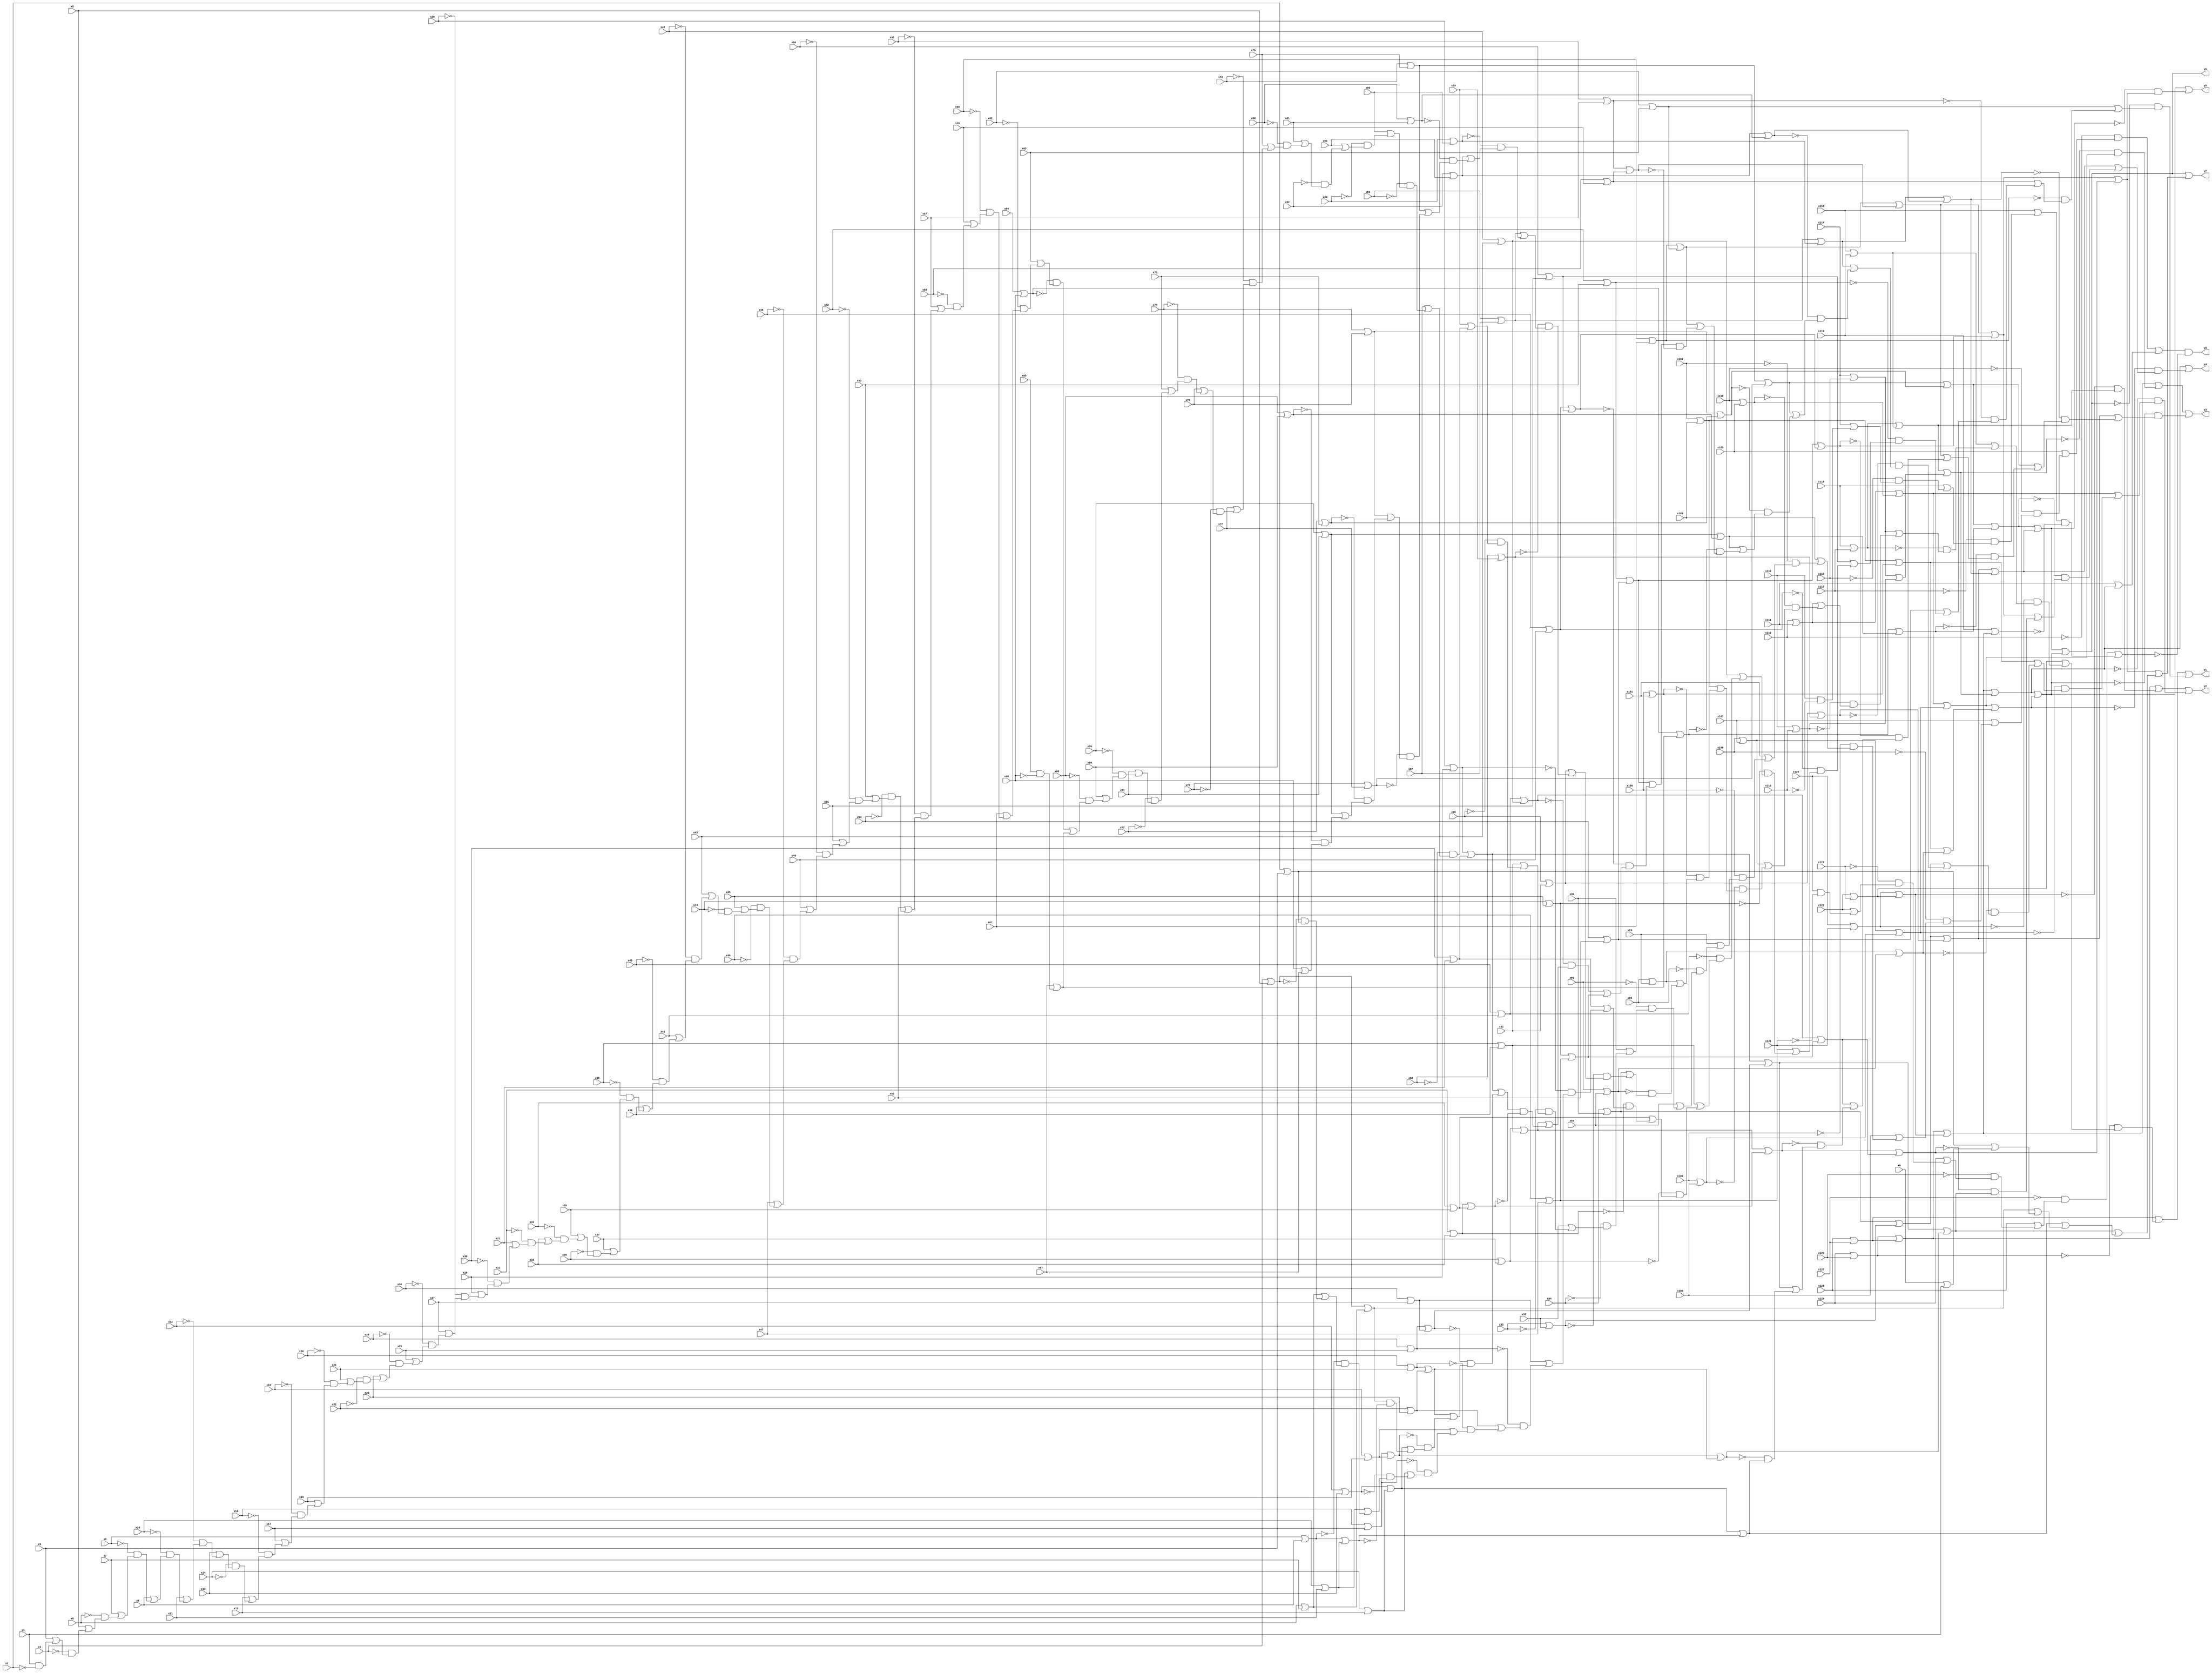
module top( x0 , x1 , x2 , x3 , x4 , x5 , x6 , x7 , x8 , x9 , x10 , x11 , x12 , x13 , x14 , x15 , x16 , x17 , x18 , x19 , x20 , x21 , x22 , x23 , x24 , x25 , x26 , x27 , x28 , x29 , x30 , x31 , x32 , x33 , x34 , x35 , x36 , x37 , x38 , x39 , x40 , x41 , x42 , x43 , x44 , x45 , x46 , x47 , x48 , x49 , x50 , x51 , x52 , x53 , x54 , x55 , x56 , x57 , x58 , x59 , x60 , x61 , x62 , x63 , x64 , x65 , x66 , x67 , x68 , x69 , x70 , x71 , x72 , x73 , x74 , x75 , x76 , x77 , x78 , x79 , x80 , x81 , x82 , x83 , x84 , x85 , x86 , x87 , x88 , x89 , x90 , x91 , x92 , x93 , x94 , x95 , x96 , x97 , x98 , x99 , x100 , x101 , x102 , x103 , x104 , x105 , x106 , x107 , x108 , x109 , x110 , x111 , x112 , x113 , x114 , x115 , x116 , x117 , x118 , x119 , x120 , x121 , x122 , x123 , x124 , x125 , x126 , x127 , y0 , y1 , y2 , y3 , y4 , y5 , y6 , y7 );
  input x0 , x1 , x2 , x3 , x4 , x5 , x6 , x7 , x8 , x9 , x10 , x11 , x12 , x13 , x14 , x15 , x16 , x17 , x18 , x19 , x20 , x21 , x22 , x23 , x24 , x25 , x26 , x27 , x28 , x29 , x30 , x31 , x32 , x33 , x34 , x35 , x36 , x37 , x38 , x39 , x40 , x41 , x42 , x43 , x44 , x45 , x46 , x47 , x48 , x49 , x50 , x51 , x52 , x53 , x54 , x55 , x56 , x57 , x58 , x59 , x60 , x61 , x62 , x63 , x64 , x65 , x66 , x67 , x68 , x69 , x70 , x71 , x72 , x73 , x74 , x75 , x76 , x77 , x78 , x79 , x80 , x81 , x82 , x83 , x84 , x85 , x86 , x87 , x88 , x89 , x90 , x91 , x92 , x93 , x94 , x95 , x96 , x97 , x98 , x99 , x100 , x101 , x102 , x103 , x104 , x105 , x106 , x107 , x108 , x109 , x110 , x111 , x112 , x113 , x114 , x115 , x116 , x117 , x118 , x119 , x120 , x121 , x122 , x123 , x124 , x125 , x126 , x127 ;
  output y0 , y1 , y2 , y3 , y4 , y5 , y6 , y7 ;
  wire n129 , n130 , n131 , n132 , n133 , n134 , n135 , n136 , n137 , n138 , n139 , n140 , n141 , n142 , n143 , n144 , n145 , n146 , n147 , n148 , n149 , n150 , n151 , n152 , n153 , n154 , n155 , n156 , n157 , n158 , n159 , n160 , n161 , n162 , n163 , n164 , n165 , n166 , n167 , n168 , n169 , n170 , n171 , n172 , n173 , n174 , n175 , n176 , n177 , n178 , n179 , n180 , n181 , n182 , n183 , n184 , n185 , n186 , n187 , n188 , n189 , n190 , n191 , n192 , n193 , n194 , n195 , n196 , n197 , n198 , n199 , n200 , n201 , n202 , n203 , n204 , n205 , n206 , n207 , n208 , n209 , n210 , n211 , n212 , n213 , n214 , n215 , n216 , n217 , n218 , n219 , n220 , n221 , n222 , n223 , n224 , n225 , n226 , n227 , n228 , n229 , n230 , n231 , n232 , n233 , n234 , n235 , n236 , n237 , n238 , n239 , n240 , n241 , n242 , n243 , n244 , n245 , n246 , n247 , n248 , n249 , n250 , n251 , n252 , n253 , n254 , n255 , n256 , n257 , n258 , n259 , n260 , n261 , n262 , n263 , n264 , n265 , n266 , n267 , n268 , n269 , n270 , n271 , n272 , n273 , n274 , n275 , n276 , n277 , n278 , n279 , n280 , n281 , n282 , n283 , n284 , n285 , n286 , n287 , n288 , n289 , n290 , n291 , n292 , n293 , n294 , n295 , n296 , n297 , n298 , n299 , n300 , n301 , n302 , n303 , n304 , n305 , n306 , n307 , n308 , n309 , n310 , n311 , n312 , n313 , n314 , n315 , n316 , n317 , n318 , n319 , n320 , n321 , n322 , n323 , n324 , n325 , n326 , n327 , n328 , n329 , n330 , n331 , n332 , n333 , n334 , n335 , n336 , n337 , n338 , n339 , n340 , n341 , n342 , n343 , n344 , n345 , n346 , n347 , n348 , n349 , n350 , n351 , n352 , n353 , n354 , n355 , n356 , n357 , n358 , n359 , n360 , n361 , n362 , n363 , n364 , n365 , n366 , n367 , n368 , n369 , n370 , n371 , n372 , n373 , n374 , n375 , n376 , n377 , n378 , n379 , n380 , n381 , n382 , n383 , n384 , n385 , n386 , n387 , n388 , n389 , n390 , n391 , n392 , n393 , n394 , n395 , n396 , n397 , n398 , n399 , n400 , n401 , n402 , n403 , n404 , n405 , n406 , n407 , n408 , n409 , n410 , n411 , n412 , n413 , n414 , n415 , n416 , n417 , n418 , n419 , n420 , n421 , n422 , n423 , n424 , n425 , n426 , n427 , n428 , n429 , n430 , n431 , n432 , n433 , n434 , n435 , n436 , n437 , n438 , n439 , n440 , n441 , n442 , n443 , n444 , n445 , n446 , n447 , n448 , n449 , n450 , n451 , n452 , n453 , n454 , n455 , n456 , n457 , n458 , n459 , n460 , n461 , n462 , n463 , n464 , n465 , n466 , n467 , n468 , n469 , n470 , n471 , n472 , n473 , n474 , n475 , n476 , n477 , n478 , n479 , n480 , n481 , n482 , n483 , n484 , n485 , n486 , n487 , n488 , n489 , n490 , n491 , n492 , n493 , n494 , n495 , n496 , n497 , n498 , n499 , n500 , n501 , n502 , n503 , n504 , n505 , n506 , n507 , n508 , n509 , n510 , n511 , n512 , n513 , n514 , n515 , n516 , n517 , n518 , n519 , n520 , n521 , n522 , n523 , n524 , n525 , n526 , n527 , n528 , n529 , n530 , n531 , n532 , n533 , n534 , n535 , n536 , n537 , n538 , n539 , n540 , n541 , n542 , n543 , n544 , n545 , n546 , n547 , n548 , n549 , n550 , n551 , n552 , n553 , n554 , n555 , n556 , n557 , n558 , n559 , n560 , n561 , n562 , n563 , n564 , n565 , n566 , n567 , n568 , n569 , n570 , n571 , n572 , n573 , n574 , n575 , n576 , n577 , n578 , n579 , n580 , n581 , n582 , n583 , n584 , n585 , n586 , n587 , n588 , n589 , n590 , n591 , n592 , n593 , n594 , n595 , n596 , n597 , n598 , n599 , n600 , n601 , n602 , n603 , n604 , n605 , n606 , n607 , n608 , n609 , n610 , n611 , n612 , n613 , n614 , n615 , n616 , n617 , n618 ;
  assign n190 = x64 | x66 ;
  assign n498 = ~x2 ;
  assign n274 = x1 & n498 ;
  assign n381 = x3 | n274 ;
  assign n499 = ~x4 ;
  assign n425 = n499 & n381 ;
  assign n458 = x5 | n425 ;
  assign n500 = ~x6 ;
  assign n477 = n500 & n458 ;
  assign n479 = x7 | n477 ;
  assign n501 = ~x8 ;
  assign n485 = n501 & n479 ;
  assign n497 = x9 | n485 ;
  assign n502 = ~x10 ;
  assign n137 = n502 & n497 ;
  assign n138 = x11 | n137 ;
  assign n503 = ~x12 ;
  assign n139 = n503 & n138 ;
  assign n140 = x13 | n139 ;
  assign n504 = ~x14 ;
  assign n141 = n504 & n140 ;
  assign n142 = x15 | n141 ;
  assign n505 = ~x16 ;
  assign n143 = n505 & n142 ;
  assign n144 = x17 | n143 ;
  assign n506 = ~x18 ;
  assign n145 = n506 & n144 ;
  assign n146 = x19 | n145 ;
  assign n507 = ~x20 ;
  assign n147 = n507 & n146 ;
  assign n148 = x21 | n147 ;
  assign n508 = ~x22 ;
  assign n149 = n508 & n148 ;
  assign n150 = x23 | n149 ;
  assign n509 = ~x24 ;
  assign n151 = n509 & n150 ;
  assign n152 = x25 | n151 ;
  assign n510 = ~x26 ;
  assign n153 = n510 & n152 ;
  assign n154 = x27 | n153 ;
  assign n511 = ~x28 ;
  assign n155 = n511 & n154 ;
  assign n156 = x29 | n155 ;
  assign n512 = ~x30 ;
  assign n157 = n512 & n156 ;
  assign n158 = x31 | n157 ;
  assign n513 = ~x32 ;
  assign n159 = n513 & n158 ;
  assign n160 = x33 | n159 ;
  assign n514 = ~x34 ;
  assign n161 = n514 & n160 ;
  assign n162 = x35 | n161 ;
  assign n515 = ~x36 ;
  assign n163 = n515 & n162 ;
  assign n164 = x37 | n163 ;
  assign n516 = ~x38 ;
  assign n165 = n516 & n164 ;
  assign n166 = x39 | n165 ;
  assign n517 = ~x40 ;
  assign n167 = n517 & n166 ;
  assign n168 = x41 | n167 ;
  assign n518 = ~x42 ;
  assign n169 = n518 & n168 ;
  assign n170 = x43 | n169 ;
  assign n519 = ~x44 ;
  assign n171 = n519 & n170 ;
  assign n172 = x45 | n171 ;
  assign n520 = ~x46 ;
  assign n173 = n520 & n172 ;
  assign n174 = x47 | n173 ;
  assign n521 = ~x48 ;
  assign n175 = n521 & n174 ;
  assign n176 = x49 | n175 ;
  assign n522 = ~x50 ;
  assign n177 = n522 & n176 ;
  assign n178 = x51 | n177 ;
  assign n523 = ~x52 ;
  assign n179 = n523 & n178 ;
  assign n180 = x53 | n179 ;
  assign n524 = ~x54 ;
  assign n181 = n524 & n180 ;
  assign n182 = x55 | n181 ;
  assign n525 = ~x56 ;
  assign n183 = n525 & n182 ;
  assign n184 = x57 | n183 ;
  assign n526 = ~x58 ;
  assign n185 = n526 & n184 ;
  assign n186 = x59 | n185 ;
  assign n527 = ~x60 ;
  assign n187 = n527 & n186 ;
  assign n188 = x61 | n187 ;
  assign n528 = ~x62 ;
  assign n189 = n528 & n188 ;
  assign n191 = x63 | n189 ;
  assign n529 = ~n190 ;
  assign n192 = n529 & n191 ;
  assign n530 = ~x66 ;
  assign n193 = x65 & n530 ;
  assign n194 = x67 | n193 ;
  assign n195 = n192 | n194 ;
  assign n531 = ~x68 ;
  assign n197 = n531 & n195 ;
  assign n198 = x69 | n197 ;
  assign n532 = ~x70 ;
  assign n199 = n532 & n198 ;
  assign n200 = x71 | n199 ;
  assign n533 = ~x72 ;
  assign n201 = n533 & n200 ;
  assign n202 = x73 | n201 ;
  assign n534 = ~x74 ;
  assign n203 = n534 & n202 ;
  assign n204 = x75 | n203 ;
  assign n535 = ~x76 ;
  assign n205 = n535 & n204 ;
  assign n206 = x77 | n205 ;
  assign n536 = ~x78 ;
  assign n207 = n536 & n206 ;
  assign n208 = x79 | n207 ;
  assign n537 = ~x80 ;
  assign n209 = n537 & n208 ;
  assign n210 = x81 | n209 ;
  assign n538 = ~x82 ;
  assign n211 = n538 & n210 ;
  assign n212 = x83 | n211 ;
  assign n539 = ~x84 ;
  assign n213 = n539 & n212 ;
  assign n214 = x85 | n213 ;
  assign n540 = ~x86 ;
  assign n215 = n540 & n214 ;
  assign n216 = x87 | n215 ;
  assign n541 = ~x88 ;
  assign n217 = n541 & n216 ;
  assign n218 = x89 | n217 ;
  assign n542 = ~x90 ;
  assign n219 = n542 & n218 ;
  assign n220 = x91 | n219 ;
  assign n543 = ~x92 ;
  assign n221 = n543 & n220 ;
  assign n222 = x93 | n221 ;
  assign n544 = ~x94 ;
  assign n223 = n544 & n222 ;
  assign n224 = x95 | n223 ;
  assign n545 = ~x96 ;
  assign n225 = n545 & n224 ;
  assign n226 = x97 | n225 ;
  assign n546 = ~x98 ;
  assign n227 = n546 & n226 ;
  assign n228 = x99 | n227 ;
  assign n547 = ~x100 ;
  assign n229 = n547 & n228 ;
  assign n230 = x101 | n229 ;
  assign n548 = ~x102 ;
  assign n231 = n548 & n230 ;
  assign n232 = x103 | n231 ;
  assign n549 = ~x104 ;
  assign n233 = n549 & n232 ;
  assign n234 = x105 | n233 ;
  assign n550 = ~x106 ;
  assign n235 = n550 & n234 ;
  assign n236 = x107 | n235 ;
  assign n551 = ~x108 ;
  assign n237 = n551 & n236 ;
  assign n238 = x109 | n237 ;
  assign n552 = ~x110 ;
  assign n239 = n552 & n238 ;
  assign n240 = x124 | x125 ;
  assign n241 = x126 | x127 ;
  assign n242 = n240 | n241 ;
  assign n243 = x120 | x121 ;
  assign n244 = x122 | x123 ;
  assign n245 = n243 | n244 ;
  assign n246 = n242 | n245 ;
  assign n247 = x116 | x117 ;
  assign n248 = x118 | x119 ;
  assign n249 = n247 | n248 ;
  assign n251 = x114 | x115 ;
  assign n252 = x112 | x113 ;
  assign n253 = n251 | n252 ;
  assign n254 = n249 | n253 ;
  assign n255 = n246 | n254 ;
  assign n256 = x111 | n255 ;
  assign n257 = n239 | n256 ;
  assign n553 = ~x121 ;
  assign n258 = x120 & n553 ;
  assign n259 = x122 | n258 ;
  assign n554 = ~x123 ;
  assign n260 = n554 & n259 ;
  assign n261 = x124 | n260 ;
  assign n555 = ~x125 ;
  assign n262 = n555 & n261 ;
  assign n263 = x126 | n262 ;
  assign n556 = ~x127 ;
  assign n271 = n556 & n263 ;
  assign n557 = ~x113 ;
  assign n264 = x112 & n557 ;
  assign n265 = x114 | n264 ;
  assign n558 = ~x115 ;
  assign n266 = n558 & n265 ;
  assign n267 = x116 | n266 ;
  assign n559 = ~x117 ;
  assign n268 = n559 & n267 ;
  assign n269 = x118 | n268 ;
  assign n270 = x119 | n246 ;
  assign n560 = ~n270 ;
  assign n272 = n269 & n560 ;
  assign n273 = n271 | n272 ;
  assign n561 = ~n273 ;
  assign n129 = n257 & n561 ;
  assign n276 = x110 | x111 ;
  assign n277 = x108 | x109 ;
  assign n279 = x106 | x107 ;
  assign n280 = x104 | x105 ;
  assign n282 = x102 | x103 ;
  assign n283 = x100 | x101 ;
  assign n285 = x98 | x99 ;
  assign n286 = x96 | x97 ;
  assign n288 = x94 | x95 ;
  assign n289 = x92 | x93 ;
  assign n291 = x90 | x91 ;
  assign n292 = x88 | x89 ;
  assign n294 = x86 | x87 ;
  assign n295 = x84 | x85 ;
  assign n297 = x82 | x83 ;
  assign n298 = x80 | x81 ;
  assign n300 = x78 | x79 ;
  assign n301 = x76 | x77 ;
  assign n303 = x74 | x75 ;
  assign n304 = x72 | x73 ;
  assign n306 = x70 | x71 ;
  assign n307 = x68 | x69 ;
  assign n382 = x66 | x67 ;
  assign n562 = ~n307 ;
  assign n383 = n562 & n382 ;
  assign n384 = n306 | n383 ;
  assign n563 = ~n304 ;
  assign n385 = n563 & n384 ;
  assign n386 = n303 | n385 ;
  assign n564 = ~n301 ;
  assign n387 = n564 & n386 ;
  assign n388 = n300 | n387 ;
  assign n565 = ~n298 ;
  assign n389 = n565 & n388 ;
  assign n390 = n297 | n389 ;
  assign n566 = ~n295 ;
  assign n391 = n566 & n390 ;
  assign n392 = n294 | n391 ;
  assign n567 = ~n292 ;
  assign n393 = n567 & n392 ;
  assign n394 = n291 | n393 ;
  assign n568 = ~n289 ;
  assign n395 = n568 & n394 ;
  assign n396 = n288 | n395 ;
  assign n569 = ~n286 ;
  assign n397 = n569 & n396 ;
  assign n398 = n285 | n397 ;
  assign n570 = ~n283 ;
  assign n399 = n570 & n398 ;
  assign n400 = n282 | n399 ;
  assign n571 = ~n280 ;
  assign n401 = n571 & n400 ;
  assign n402 = n279 | n401 ;
  assign n572 = ~n277 ;
  assign n403 = n572 & n402 ;
  assign n404 = n276 | n403 ;
  assign n573 = ~n252 ;
  assign n405 = n573 & n404 ;
  assign n406 = n251 | n405 ;
  assign n574 = ~n247 ;
  assign n407 = n574 & n406 ;
  assign n408 = n248 | n407 ;
  assign n575 = ~n243 ;
  assign n409 = n575 & n408 ;
  assign n410 = n244 | n409 ;
  assign n576 = ~n240 ;
  assign n411 = n576 & n410 ;
  assign n412 = n241 | n411 ;
  assign n302 = n300 | n301 ;
  assign n305 = n303 | n304 ;
  assign n413 = n302 | n305 ;
  assign n196 = n190 | n194 ;
  assign n308 = n306 | n307 ;
  assign n414 = n196 | n308 ;
  assign n415 = n413 | n414 ;
  assign n290 = n288 | n289 ;
  assign n293 = n291 | n292 ;
  assign n416 = n290 | n293 ;
  assign n296 = n294 | n295 ;
  assign n299 = n297 | n298 ;
  assign n417 = n296 | n299 ;
  assign n418 = n416 | n417 ;
  assign n419 = n415 | n418 ;
  assign n278 = n276 | n277 ;
  assign n281 = n279 | n280 ;
  assign n420 = n278 | n281 ;
  assign n284 = n282 | n283 ;
  assign n287 = n285 | n286 ;
  assign n422 = n284 | n287 ;
  assign n423 = n420 | n422 ;
  assign n424 = n255 | n423 ;
  assign n135 = n419 | n424 ;
  assign n310 = x62 | x63 ;
  assign n309 = x60 | x61 ;
  assign n364 = x58 | x59 ;
  assign n363 = x56 | x57 ;
  assign n313 = x54 | x55 ;
  assign n312 = x52 | x53 ;
  assign n316 = x50 | x51 ;
  assign n315 = x48 | x49 ;
  assign n358 = x46 | x47 ;
  assign n357 = x44 | x45 ;
  assign n319 = x42 | x43 ;
  assign n318 = x40 | x41 ;
  assign n322 = x38 | x39 ;
  assign n321 = x36 | x37 ;
  assign n352 = x34 | x35 ;
  assign n351 = x32 | x33 ;
  assign n325 = x30 | x31 ;
  assign n324 = x28 | x29 ;
  assign n328 = x26 | x27 ;
  assign n327 = x24 | x25 ;
  assign n345 = x22 | x23 ;
  assign n344 = x20 | x21 ;
  assign n331 = x18 | x19 ;
  assign n330 = x16 | x17 ;
  assign n334 = x14 | x15 ;
  assign n333 = x12 | x13 ;
  assign n340 = x10 | x11 ;
  assign n339 = x8 | x9 ;
  assign n337 = x6 | x7 ;
  assign n336 = x4 | x5 ;
  assign n426 = x2 | x3 ;
  assign n577 = ~n336 ;
  assign n427 = n577 & n426 ;
  assign n428 = n337 | n427 ;
  assign n578 = ~n339 ;
  assign n429 = n578 & n428 ;
  assign n430 = n340 | n429 ;
  assign n579 = ~n333 ;
  assign n431 = n579 & n430 ;
  assign n432 = n334 | n431 ;
  assign n580 = ~n330 ;
  assign n433 = n580 & n432 ;
  assign n434 = n331 | n433 ;
  assign n581 = ~n344 ;
  assign n435 = n581 & n434 ;
  assign n436 = n345 | n435 ;
  assign n582 = ~n327 ;
  assign n437 = n582 & n436 ;
  assign n438 = n328 | n437 ;
  assign n583 = ~n324 ;
  assign n439 = n583 & n438 ;
  assign n440 = n325 | n439 ;
  assign n584 = ~n351 ;
  assign n441 = n584 & n440 ;
  assign n442 = n352 | n441 ;
  assign n585 = ~n321 ;
  assign n443 = n585 & n442 ;
  assign n444 = n322 | n443 ;
  assign n586 = ~n318 ;
  assign n445 = n586 & n444 ;
  assign n446 = n319 | n445 ;
  assign n587 = ~n357 ;
  assign n447 = n587 & n446 ;
  assign n448 = n358 | n447 ;
  assign n588 = ~n315 ;
  assign n449 = n588 & n448 ;
  assign n450 = n316 | n449 ;
  assign n589 = ~n312 ;
  assign n451 = n589 & n450 ;
  assign n452 = n313 | n451 ;
  assign n590 = ~n363 ;
  assign n453 = n590 & n452 ;
  assign n454 = n364 | n453 ;
  assign n591 = ~n309 ;
  assign n455 = n591 & n454 ;
  assign n456 = n310 | n455 ;
  assign n592 = ~n135 ;
  assign n457 = n592 & n456 ;
  assign n130 = n412 | n457 ;
  assign n593 = ~n245 ;
  assign n250 = n593 & n249 ;
  assign n275 = n242 | n250 ;
  assign n311 = n309 | n310 ;
  assign n314 = n312 | n313 ;
  assign n317 = n315 | n316 ;
  assign n320 = n318 | n319 ;
  assign n323 = n321 | n322 ;
  assign n326 = n324 | n325 ;
  assign n329 = n327 | n328 ;
  assign n346 = n344 | n345 ;
  assign n332 = n330 | n331 ;
  assign n335 = n333 | n334 ;
  assign n338 = n336 | n337 ;
  assign n341 = n339 | n340 ;
  assign n594 = ~n341 ;
  assign n342 = n338 & n594 ;
  assign n343 = n335 | n342 ;
  assign n595 = ~n332 ;
  assign n347 = n595 & n343 ;
  assign n348 = n346 | n347 ;
  assign n596 = ~n329 ;
  assign n349 = n596 & n348 ;
  assign n350 = n326 | n349 ;
  assign n353 = n351 | n352 ;
  assign n597 = ~n353 ;
  assign n354 = n350 & n597 ;
  assign n355 = n323 | n354 ;
  assign n598 = ~n320 ;
  assign n356 = n598 & n355 ;
  assign n359 = n357 | n358 ;
  assign n360 = n356 | n359 ;
  assign n599 = ~n317 ;
  assign n361 = n599 & n360 ;
  assign n362 = n314 | n361 ;
  assign n365 = n363 | n364 ;
  assign n600 = ~n365 ;
  assign n366 = n362 & n600 ;
  assign n367 = n311 | n366 ;
  assign n601 = ~n196 ;
  assign n368 = n601 & n367 ;
  assign n369 = n308 | n368 ;
  assign n602 = ~n305 ;
  assign n370 = n602 & n369 ;
  assign n371 = n302 | n370 ;
  assign n603 = ~n299 ;
  assign n372 = n603 & n371 ;
  assign n373 = n296 | n372 ;
  assign n604 = ~n293 ;
  assign n374 = n604 & n373 ;
  assign n375 = n290 | n374 ;
  assign n605 = ~n287 ;
  assign n376 = n605 & n375 ;
  assign n377 = n284 | n376 ;
  assign n606 = ~n281 ;
  assign n378 = n606 & n377 ;
  assign n379 = n278 | n378 ;
  assign n607 = ~n255 ;
  assign n380 = n607 & n379 ;
  assign n131 = n275 | n380 ;
  assign n608 = ~n254 ;
  assign n421 = n608 & n420 ;
  assign n486 = n246 | n421 ;
  assign n459 = n311 | n365 ;
  assign n460 = n314 | n317 ;
  assign n463 = n320 | n359 ;
  assign n462 = n323 | n353 ;
  assign n466 = n326 | n329 ;
  assign n467 = n332 | n346 ;
  assign n469 = n335 | n341 ;
  assign n609 = ~n467 ;
  assign n470 = n609 & n469 ;
  assign n487 = n466 | n470 ;
  assign n610 = ~n462 ;
  assign n488 = n610 & n487 ;
  assign n489 = n463 | n488 ;
  assign n611 = ~n460 ;
  assign n490 = n611 & n489 ;
  assign n491 = n459 | n490 ;
  assign n612 = ~n414 ;
  assign n492 = n612 & n491 ;
  assign n493 = n413 | n492 ;
  assign n613 = ~n417 ;
  assign n494 = n613 & n493 ;
  assign n495 = n416 | n494 ;
  assign n614 = ~n424 ;
  assign n496 = n614 & n495 ;
  assign n132 = n486 | n496 ;
  assign n461 = n459 | n460 ;
  assign n464 = n462 | n463 ;
  assign n468 = n466 | n467 ;
  assign n615 = ~n464 ;
  assign n480 = n615 & n468 ;
  assign n481 = n461 | n480 ;
  assign n616 = ~n415 ;
  assign n482 = n616 & n481 ;
  assign n483 = n418 | n482 ;
  assign n617 = ~n423 ;
  assign n484 = n617 & n483 ;
  assign n133 = n255 | n484 ;
  assign n465 = n461 | n464 ;
  assign n618 = ~n419 ;
  assign n478 = n618 & n465 ;
  assign n134 = n424 | n478 ;
  assign n471 = x0 | x1 ;
  assign n472 = n426 | n471 ;
  assign n473 = n338 | n472 ;
  assign n474 = n469 | n473 ;
  assign n475 = n468 | n474 ;
  assign n476 = n465 | n475 ;
  assign n136 = n135 | n476 ;
  assign y0 = n129 ;
  assign y1 = n130 ;
  assign y2 = n131 ;
  assign y3 = n132 ;
  assign y4 = n133 ;
  assign y5 = n134 ;
  assign y6 = n135 ;
  assign y7 = n136 ;
endmodule